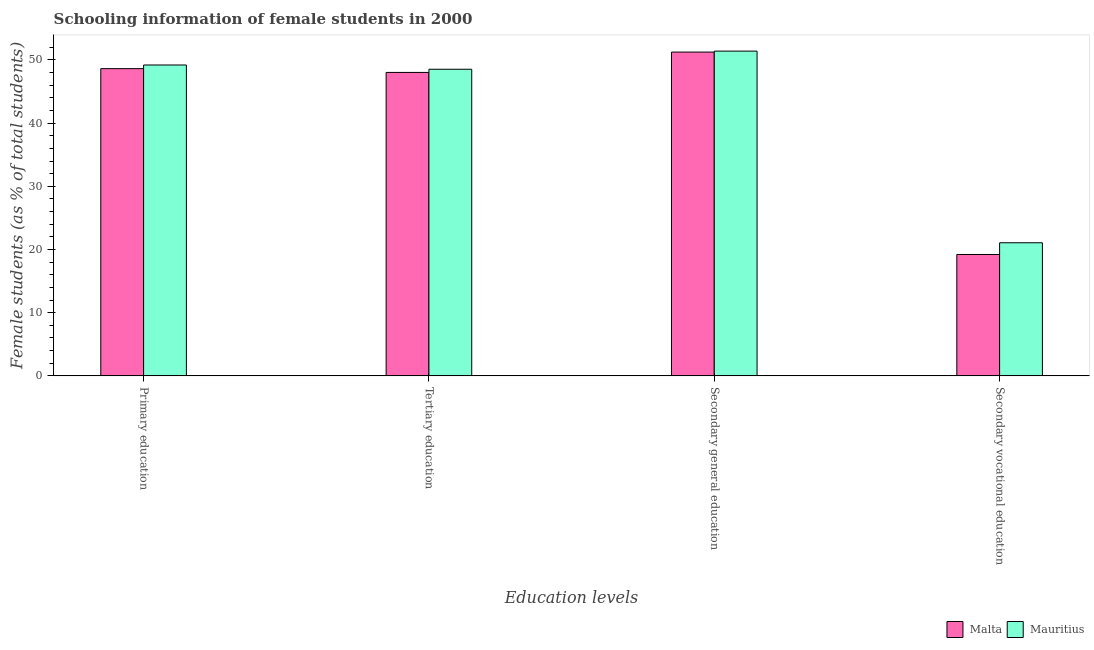
| Education levels | Malta | Mauritius |
 | --- | --- | --- |
 | Primary education | 48.6 | 49.2 |
 | Tertiary education | 48 | 48.5 |
 | Secondary general education | 51.2 | 51.4 |
 | Secondary vocational education | 19.2 | 21.1 |